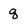
Character: q